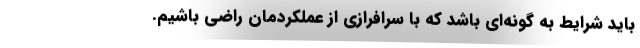
باید شرایط به گونه‌ای باشد که با سرافرازی از عملکردمان راضی باشیم.